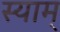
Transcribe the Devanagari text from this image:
स्याम्